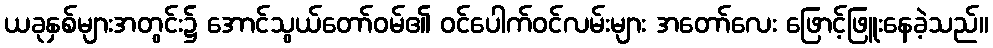
ယခုနှစ်များအတွင်း၌ အောင်သွယ်တော်ဝမ်၏ ဝင်ပေါက်ဝင်လမ်းများ အတော်လေး ဖြောင့်ဖြူးနေခဲ့သည်။